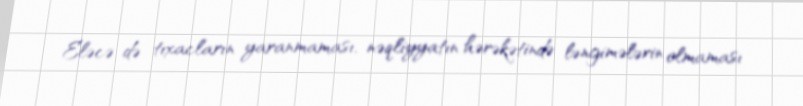
Eləcə də tıxacların yaranmaması, nəqliyyatın hərəkətində ləngimələrin olmaması